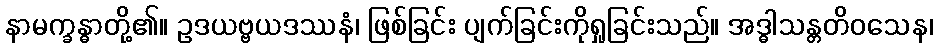
နာမက္ခန္ဓာတို့၏။ ဥဒယဗ္ဗယဒဿနံ၊ ဖြစ်ခြင်း ပျက်ခြင်းကိုရှုခြင်းသည်။ အဒ္ဓါသန္တတိဝသေန၊